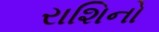
રાશિનો